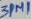
Text: ZPM1